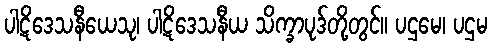
ပါဋိဒေသနီယေသု၊ ပါဋိဒေသနီယ သိက္ခာပုဒ်တို့တွင်။ ပဌမေ၊ ပဌမ